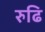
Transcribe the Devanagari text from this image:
रुढि